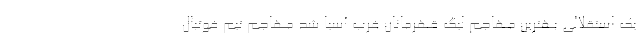
یک استقلالی بهترین مهاجم لیگ قهرمانان غرب آسیا شد مهاجم تیم فوتبال